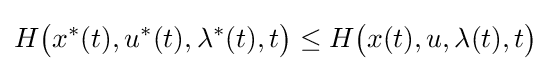
H{\big (}x^{*}(t),u^{*}(t),\lambda ^{*}(t),t{\big )}\leq H{\big (}x(t),u,\lambda (t),t{\big )}